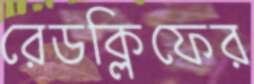
রেডক্লিফের